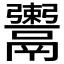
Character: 𩱖